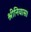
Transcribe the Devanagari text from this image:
श्रीनिवास।